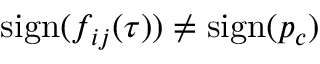
\mathrm { s i g n } ( f _ { i j } ( \tau ) ) \ne \mathrm { s i g n } ( p _ { c } )